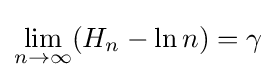
\lim _{n\to \infty }(H_{n}-\ln n)=\gamma